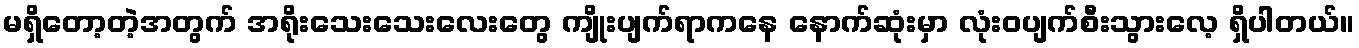
မရှိတော့တဲ့အတွက် အရိုးသေးသေးလေးတွေ ကျိုးပျက်ရာကနေ နောက်ဆုံးမှာ လုံးဝပျက်စီးသွားလေ့ ရှိပါတယ်။